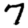
Digit: 7